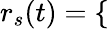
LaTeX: r_{s}(t)=\left\{ \begin{array}{rlr}\end{array}\right.